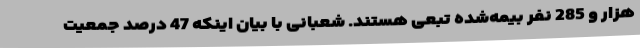
هزار و 285 نفر بیمه‌شده تبعی هستند. شعبانی با بیان اینکه 47 درصد جمعیت